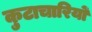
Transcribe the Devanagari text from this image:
कुटाचारियों